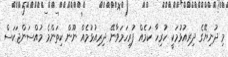
މި ދުނިޔޭގެ ދިރިއުޅުމަކީ ހުރިހާ ކަމެއް ފުރިހަމަވާނޭ ދިރިއުޅުމެއް ނޫން ކިތަންމެ މުއްސަންޖަކަސް